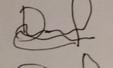
Signature authenticity: forged